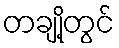
တချို့တွင်